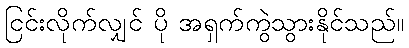
ငြင်းလိုက်လျှင် ပို အရှက်ကွဲသွားနိုင်သည်။